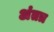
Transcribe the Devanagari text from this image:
अंतत्र